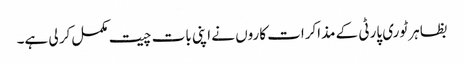
بظاہر ٹوری پارٹی کے مذاکرات کاروں نے اپنی بات چیت مکمل کر لی ہے۔